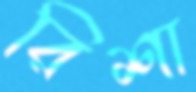
রিশা